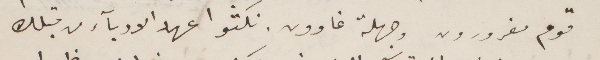
قوم مغرورون وجهلة غاوون نكثوا عهد الأدباء من قبلك